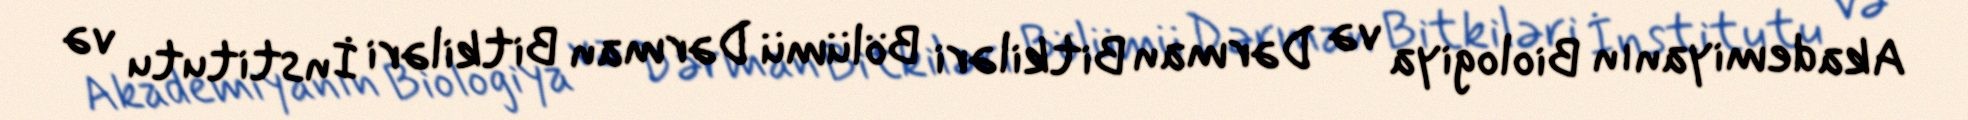
Akademiyanın Biologiya və Dərman Bitkiləri Bölümü Dərman Bitkiləri İnstitutu və